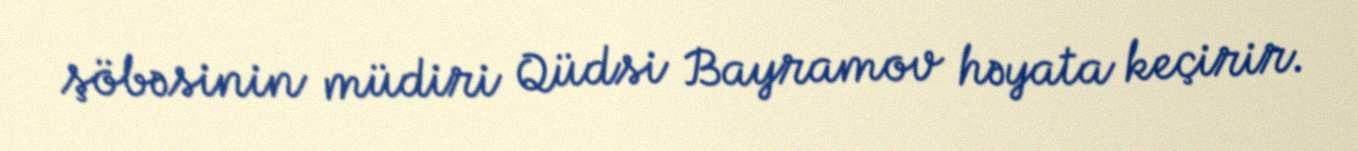
şöbəsinin müdiri Qüdsi Bayramov həyata keçirir.